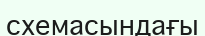
схемасындағы